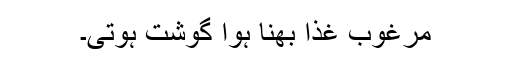
مرغوب غذا بھنا ہوا گوشت ہوتی۔